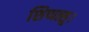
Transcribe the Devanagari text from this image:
शिप्पत्सु।